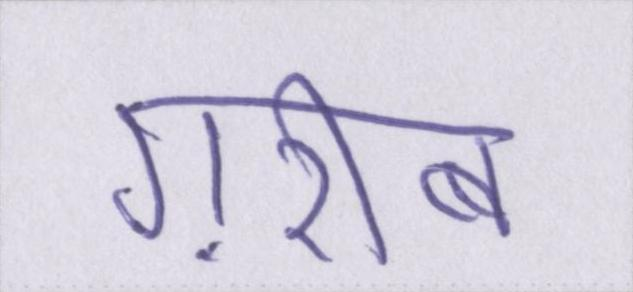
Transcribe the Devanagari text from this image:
ग़रीब